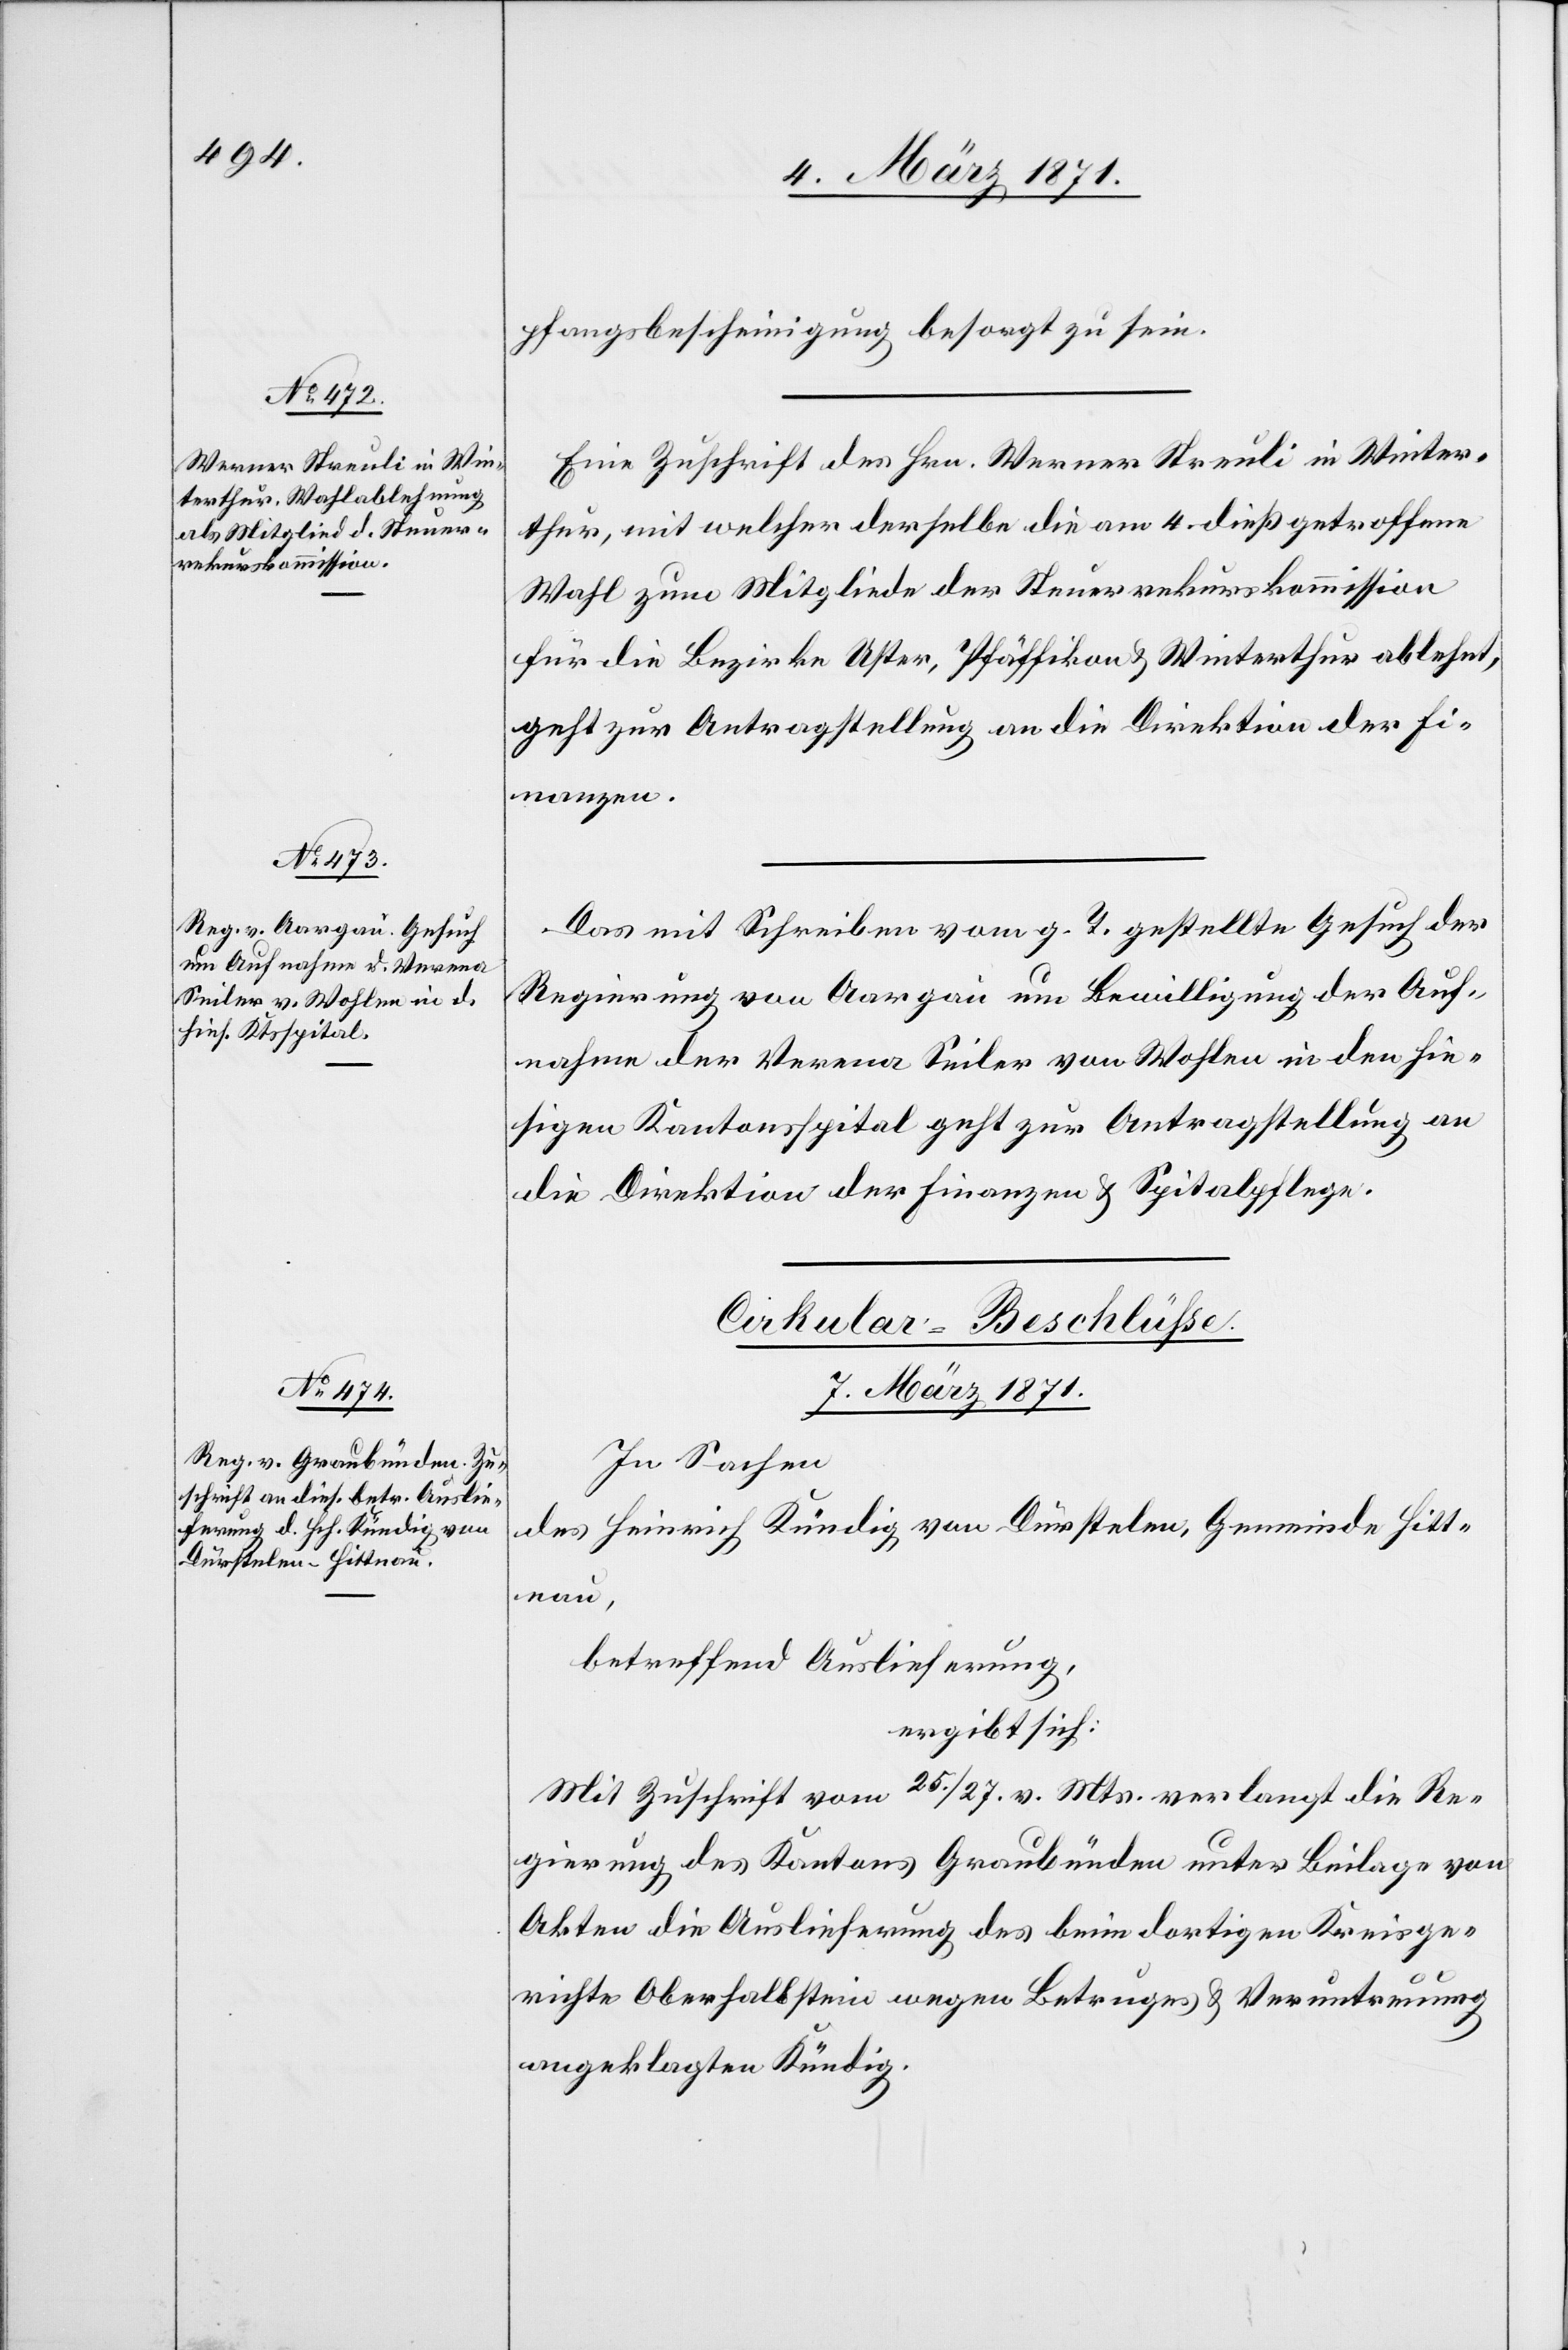
07. März 1871.]
pfangsbescheinigung besorgt zu sein.
Eine Zuschrift des Hrn. Werner Streuli in Winter¬
thur, mit welcher derselbe die am 4. dieß getroffene
Wahl zum Mitgliede der Steuerrekurskommission
für die Bezirke Uster, Pfäffikon u. Winterthur ablehnt,
geht zur Antragstellung an die Direktion der Fi¬
nanzen.
Das mit Schreiben vom g. T. gestellte Gesuch der
Regierung von Aargau um Bewilligung der Auf¬
nahme der Verena Seiler von Wohlen in den hie¬
sigen Kantonsspital geht zur Antragstellung an
die Direktion der Finanzen u. Spitalpflege.
Cirkular-Beschlüße.
7. März 1871.
In Sachen
des Heinrich Kündig von Dürstelen, Gemeinde Hitt¬
nau,
betreffend Auslieferung,
ergibt sich:
Mit Zuschrift vom 25./27. v. Mts. verlangt die Re¬
gierung des Kantons Graubünden unter Beilage von
Akten die Auslieferung des beim dortigen Kreisge¬
richte Oberhalbstein wegen Betruges u. Veruntreuung
angeklagten Kündig.